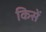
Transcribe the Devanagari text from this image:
किसें